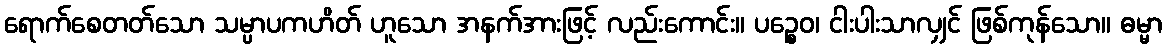
ရောက်စေတတ်သော သမ္ပာပကဟိတ် ဟူသော အနက်အားဖြင့် လည်းကောင်း။ ပဉ္စေဝ၊ ငါးပါးသာလျှင် ဖြစ်ကုန်သော။ ဓမ္မာ